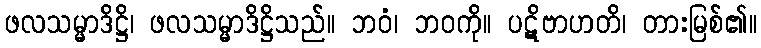
ဖလသမ္မာဒိဋ္ဌိ၊ ဖလသမ္မာဒိဋ္ဌိသည်။ ဘဝံ၊ ဘဝကို။ ပဋိဗာဟတိ၊ တားမြစ်၏။